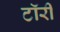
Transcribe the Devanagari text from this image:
टॉरी